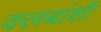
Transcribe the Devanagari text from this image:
क्लबांशी